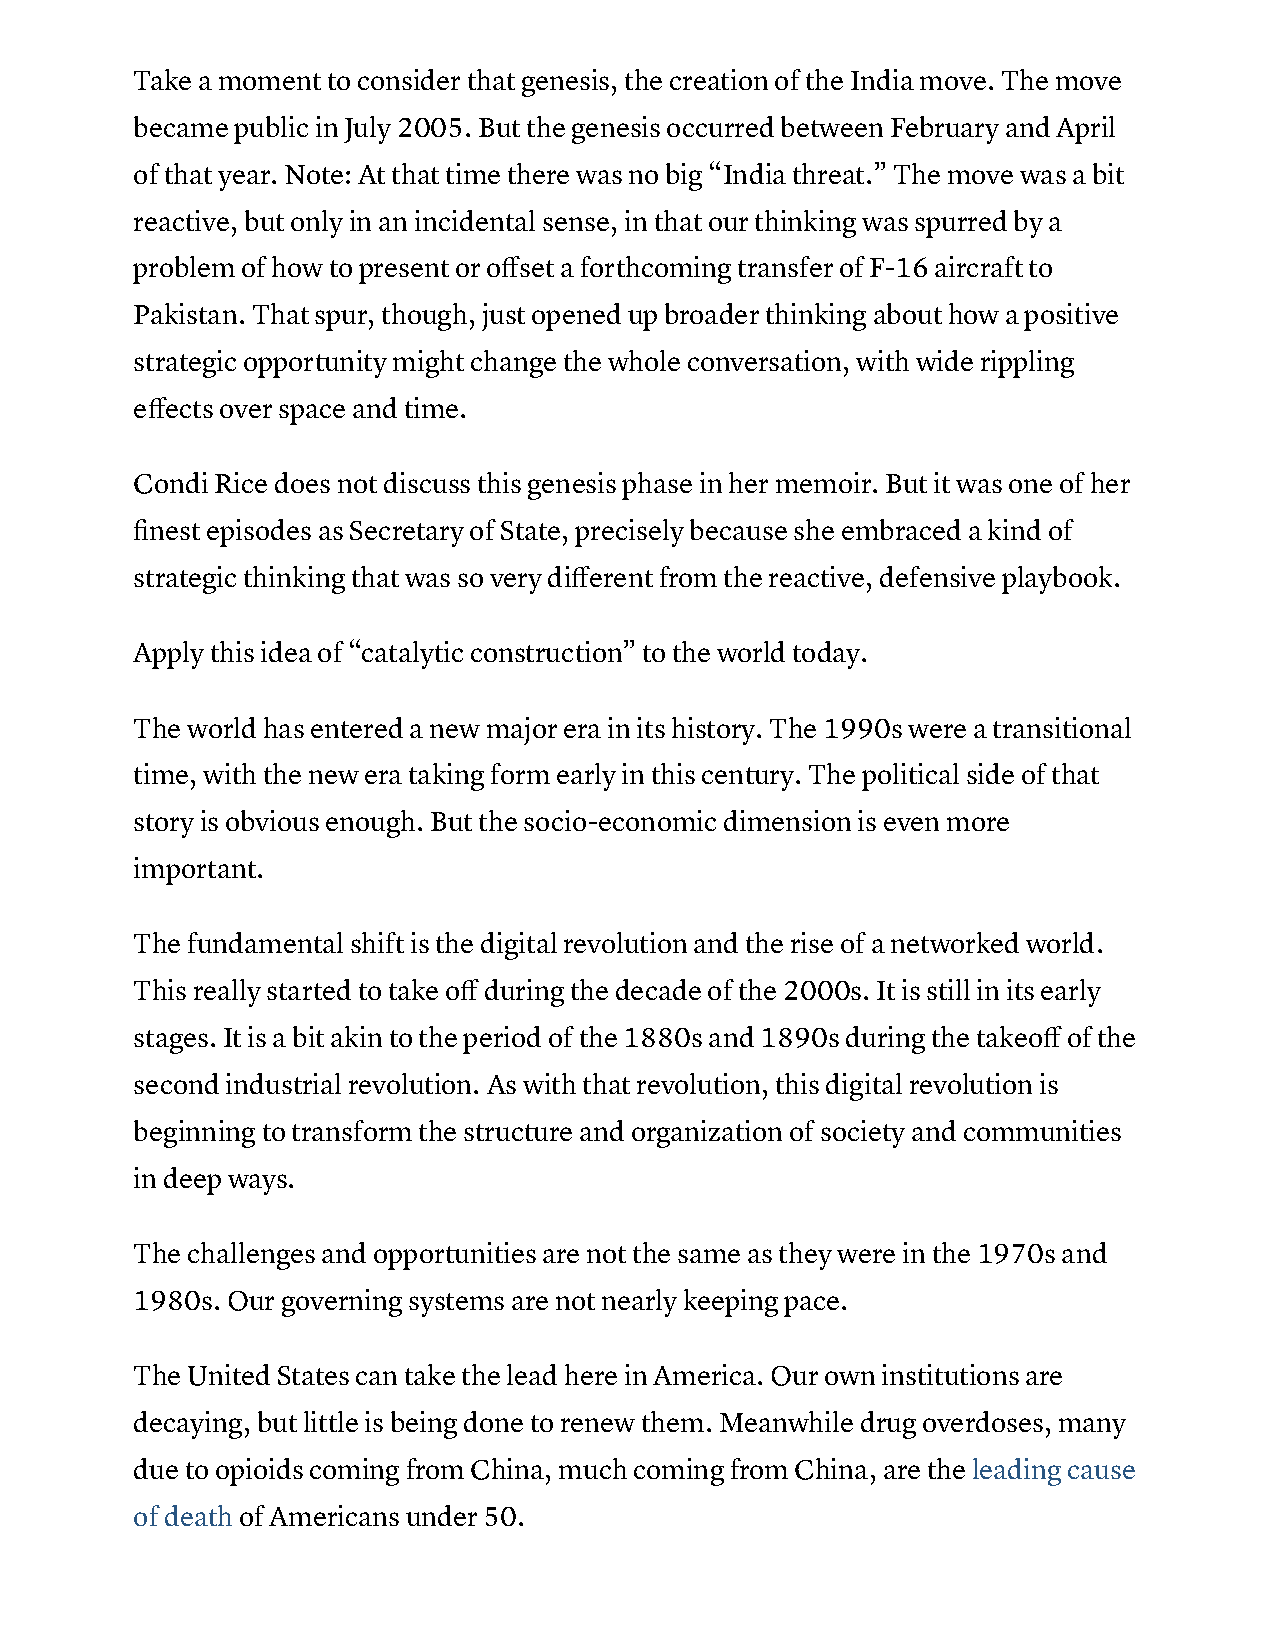
Take a moment to consider that genesis, the creation of the India move. The move
 became public in July 2005. But the genesis occurred between February and April
 of that year. Note: At that time there was no big “India threat.” The move was a bit
 reactive, but only in an incidental sense, in that our thinking was spurred by a
 problem of how to present or offset a forthcoming transfer of F-16 aircraft to
 Pakistan. That spur, though, just opened up broader thinking about how a positive
 strategic opportunity might change the whole conversation, with wide rippling
 effects over space and time.
 Condi Rice does not discuss this genesis phase in her memoir. But it was one of her
 finest episodes as Secretary of State, precisely because she embraced a kind of
 strategic thinking that was so very different from the reactive, defensive playbook.
 Apply this idea of “catalytic construction” to the world today.
 The world has entered a new major era in its history. The 1990s were a transitional
 time, with the new era taking form early in this century. The political side of that
 story is obvious enough. But the socio-economic dimension is even more
 important.
 The fundamental shift is the digital revolution and the rise of a networked world.
 This really started to take off during the decade of the 2000s. It is still in its early
 stages. It is a bit akin to the period of the 1880s and 1890s during the takeoff of the
 second industrial revolution. As with that revolution, this digital revolution is
 beginning to transform the structure and organization of society and communities
 in deep ways.
 The challenges and opportunities are not the same as they were in the 1970s and
 1980s. Our governing systems are not nearly keeping pace.
 The United States can take the lead here in America. Our own institutions are
 decaying, but little is being done to renew them. Meanwhile drug overdoses, many
 due to opioids coming from China, much coming from China, are the leading cause
 of death of Americans under 50.